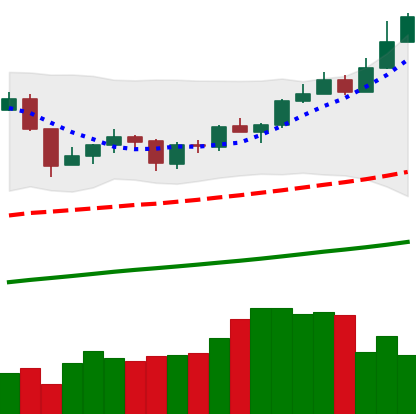
Ticker: XMR-USD
Chart end date: 2019-06-21
Forward return: -4.867%
Label: down_3_5